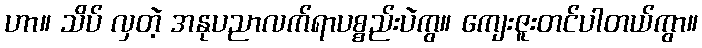
ဟာ။ သိပ် လှတဲ့ အနုပညာလက်ရာပစ္စည်းပဲကွ။ ကျေးဇူးတင်ပါတယ်ကွာ။